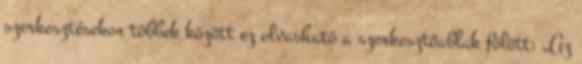
szerkesztésekor többek között ez olvasható a szerkesztőablak fölött: „Az